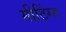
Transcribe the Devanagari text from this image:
मीटिंग्स